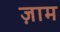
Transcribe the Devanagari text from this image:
ज़ाम